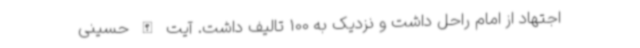
اجتهاد از امام راحل داشت و نزدیک به 100 تالیف داشت. آیت الله حسینی